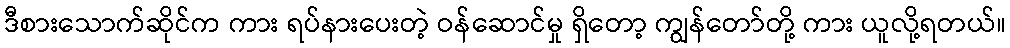
ဒီစားသောက်ဆိုင်က ကား ရပ်နားပေးတဲ့ ဝန်ဆောင်မှု ရှိတော့ ကျွန်တော်တို့ ကား ယူလို့ရတယ်။